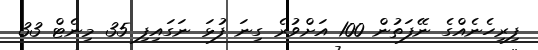
ފިރިހެނެއްގެ ނޭފަތުން 100 އަށްވުރެ ގިނަ ފުޅަ ނަގައިފި 35 މިނެޓް 33